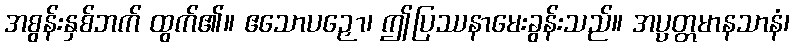
အစွန်းနှစ်ဘက် ထွက်၏။ ဧသောပဉှော၊ ဤပြဿနာမေးခွန်းသည်။ အပ္ပတ္တမာနသာနံ၊